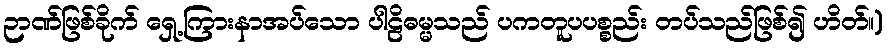
ဉာဏ်ဖြစ်ခိုက် ရှေ့ကြားနာအပ်သော ပါဠိဓမ္မသည် ပကတူပပစ္စည်း တပ်သည်ဖြစ်၍ ဟိတ်။)